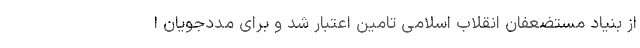
از بنیاد مستضعفان انقلاب اسلامی تامین اعتبار شد و برای مددجویان ا